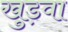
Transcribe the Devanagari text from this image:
खुड़वा